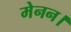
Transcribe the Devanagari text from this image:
मेनन।